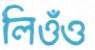
লিওঁও